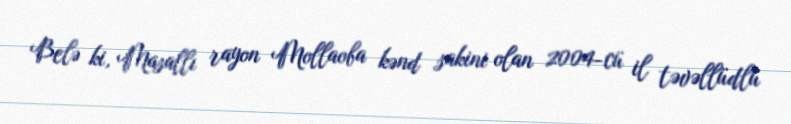
Belə ki, Masallı rayon Mollaoba kənd sakini olan 2004-cü il təvəllüdlü